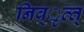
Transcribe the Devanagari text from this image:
निव्ृत्त्